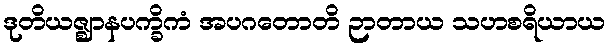
ဒုတိယဇ္ဈာနပက္ခိကံ အပဂတောတိ ဉာတာယ သဟစရိယာယ